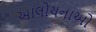
આલોચનાઓ